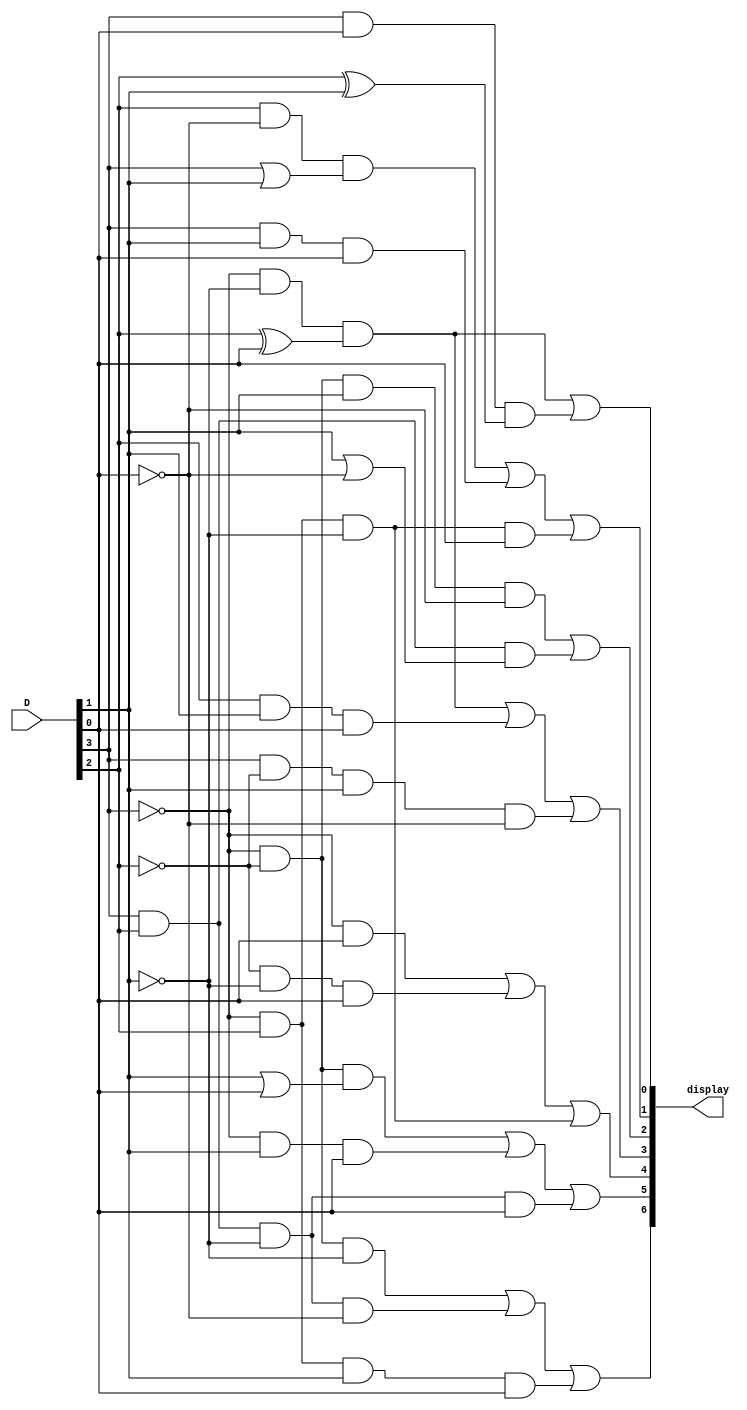
module hex_decoder (D, display);
 input [0:3]D;
 output [6:0]display;

 assign display[0] = (~D[0] & ~D[2] & (D[1]^D[3])) | (D[0] & D[3] & (D[1]^D[2])) ;
 assign display[1] = (D[1] & ~D[3] & (D[0] | D[2])) | (D[0] & D[2] & D[3]) | (~D[0] & D[1] & ~D[2] & D[3]);
 assign display[2] = (~D[0] & ~D[1] & D[2] & ~D[3]) | (D[0] & D[1] & (D[2] | ~D[3]));
 assign display[3] = (~D[0] & ~D[2] & (D[1]^D[3])) | (D[1] & D[2] & D[3]) | (D[0] & ~D[1] & D[2] & ~D[3]);
 assign display[4] = (~D[0] & D[3]) | (~D[1] & ~D[2] & D[3]) | (~D[0] & D[1] & ~D[2]);
 assign display[5] = (~D[0] & ~D[1] & (D[2] | D[3])) | (~D[0] & D[2] & D[3]) | (D[0] & D[1] & ~D[2] & D[3]);
 assign display[6] = (~D[0] & ~D[1] & ~ D[2]) | (D[0] & D[1] & ~D[2] & ~D[3]) | (~D[0] & D[1] & D[2] & D[3]);

endmodule